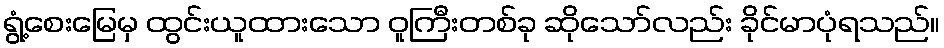
ရွံ့စေးမြေမှ ထွင်းယူထားသော ဝူကြီးတစ်ခု ဆိုသော်လည်း ခိုင်မာပုံရသည်။